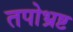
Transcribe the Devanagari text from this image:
तपोभ्रष्ट